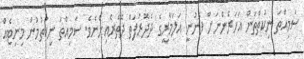
ސަމިއްތަ ނިކުތްތަން އަހަރެންނަށް ފެނުނީ އަލަމާރީގެ ދެދޮރުފަތް ދޭތެރެއިންނެވެ. ސަމިއްތަ ނިކުތުމުން މިނިޓެއް